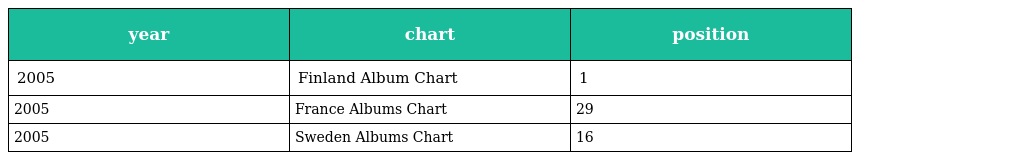
| year | chart | position |
 | --- | --- | --- |
 | 2005 | Finland Album Chart | 1 |
 | 2005 | France Albums Chart | 29 |
 | 2005 | Sweden Albums Chart | 16 |